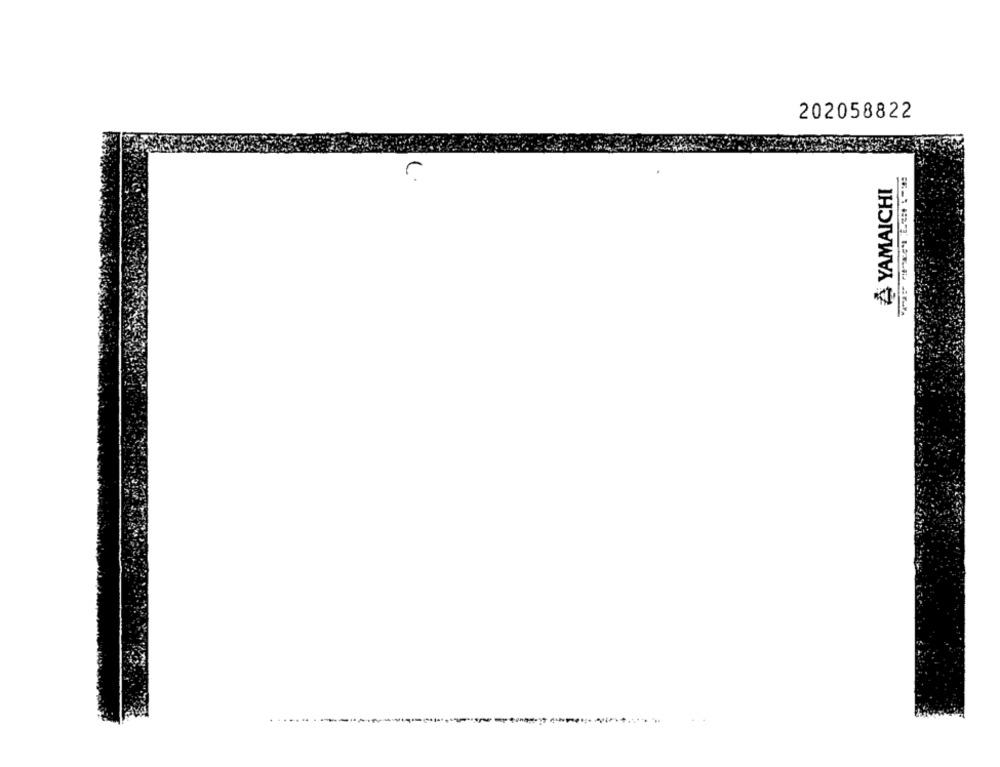
202058822
À YAMAICHI